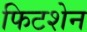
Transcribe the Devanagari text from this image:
फिटशेन